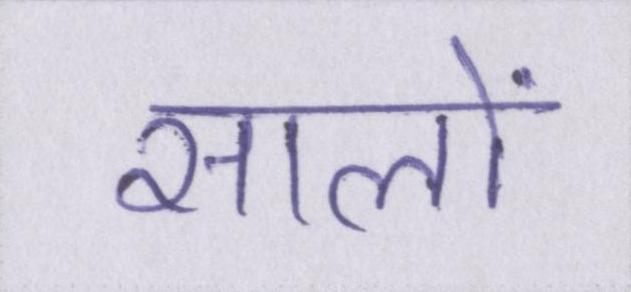
सालों